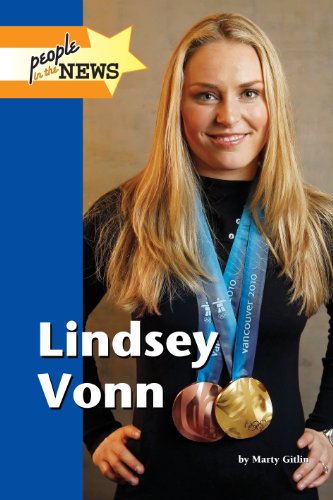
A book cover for Lindsey Vonn (People in the News); Marty Gitlin; Teen & Young Adult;